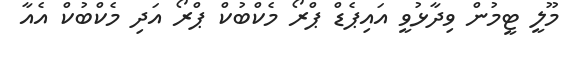
މޫލީ ޓީމުން ވިދާޅުވީ އައިޕެޑް ޕްރޯ މެކްބުކް ޕްރޯ އަދި މެކްބުކް އެއާ